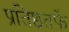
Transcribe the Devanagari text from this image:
प्रतिष्ठतर्फे